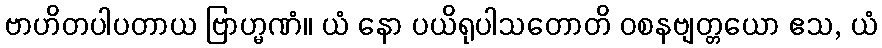
ဗာဟိတပါပတာယ ဗြာဟ္မဏံ။ ယံ နော ပယိရုပါသတောတိ ဝစနဗျတ္တယော ဧသ, ယံ